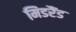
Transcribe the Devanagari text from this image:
मिडरैंड